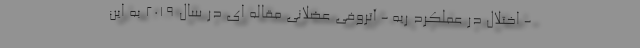
- اختلال در عملکرد ریه - آتروفی عضلانی مقاله ای در سال 2019 به این